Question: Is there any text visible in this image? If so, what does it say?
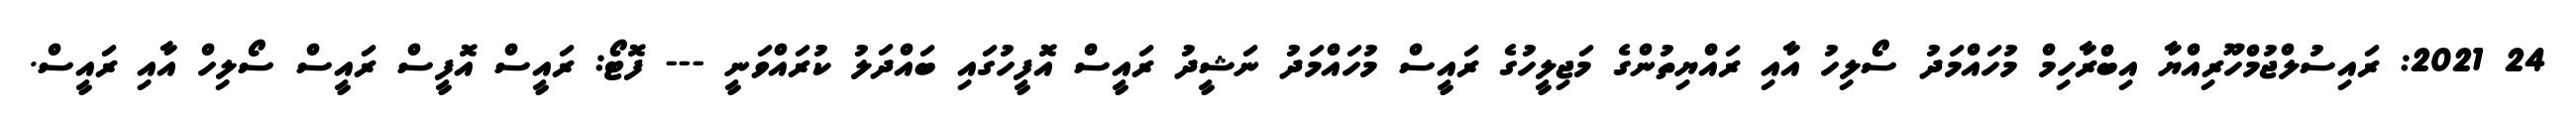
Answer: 24 2021: ރައިސުލްޖުމްހޫރިއްޔާ އިބްރާހިމް މުހައްމަދު ސޯލިހު އާއި ރައްޔިތުންގެ މަޖިލީހުގެ ރައީސް މުހައްމަދު ނަޝީދު ރައީސް އޮފީހުގައި ބައްދަލު ކުރައްވަނީ --- ފޮޓޯ: ރައީސް އޮފީސް ރައީސް ސޯލިހް އާއި ރައީސް.